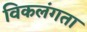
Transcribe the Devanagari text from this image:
विकलंगता